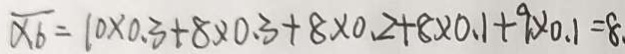
\overline { x 6 } = 1 0 \times 0 . 3 + 8 \times 0 . 3 + 8 \times 0 . 2 + 8 \times 0 . 1 + 9 \times 0 . 1 = 8 .